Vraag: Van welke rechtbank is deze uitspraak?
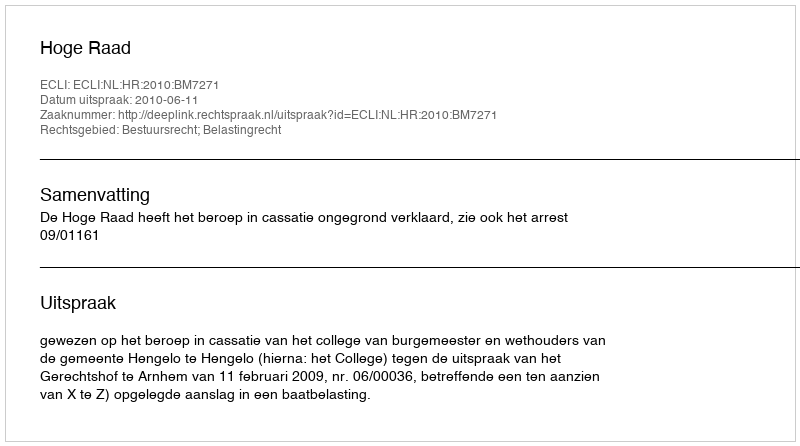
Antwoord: Hoge Raad